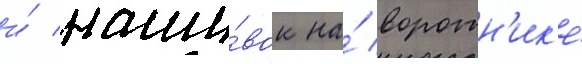
и́ наши́вок на́ воротн'ик'е́